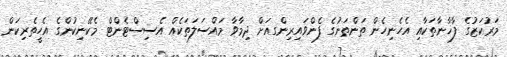
މަރުކަޒުގެ ފާޚާނާތަކާއި އެހެނިހެން ތަންތަނުގެ ފެންވައިރިންގއަށް ދިމާވާ މައްސަލަތަކެއް އެސިސްޓެންޓް މެކޭނިކުންގެ އެހީތެރިކަން